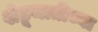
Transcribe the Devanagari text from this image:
शेडूमातीच्या